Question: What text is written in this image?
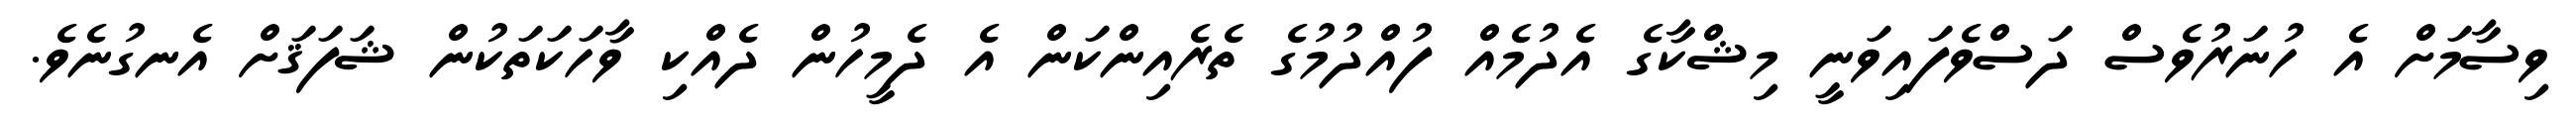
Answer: ވިސާމަށް އެ ހުނަރުވެސް ދަސްވެފައިވަނީ މިޝްކާގެ އެދުމެއް ފުއްދުމުގެ ތެރެއިންކަން އެ ދެމީހުން ދެއްކި ވާހަކަތަކުން ޝަފަޤަށް އެނގުނެވެ.